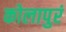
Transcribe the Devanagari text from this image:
कोलापुरं